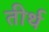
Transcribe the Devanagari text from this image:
तीर्थ